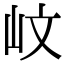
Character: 㞶